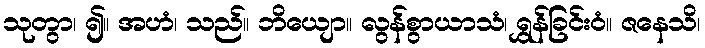
သုတွာ၊ ၍။ အဟံ၊ သည်။ ဘိယျော။ လွန်စွာယာသံ၊ ရွှန်ခြင်းဝံ။ ဇနေသိ၊